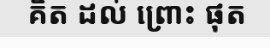
គិត ដល់ ព្រោះ ផុត